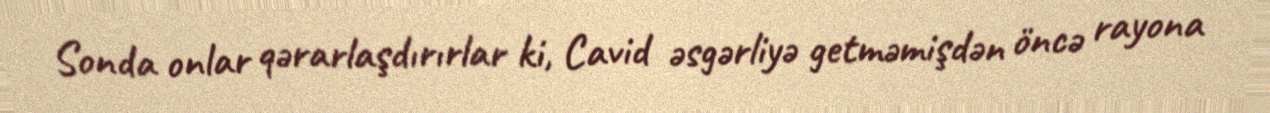
Sonda onlar qərarlaşdırırlar ki, Cavid əsgərliyə getməmişdən öncə rayona